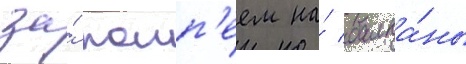
за́ помп'еем на́ балка́ны